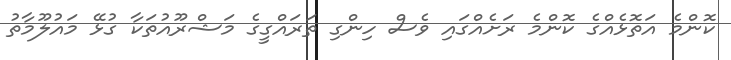
ކޮންމެ އަތޮޅެއްގެ ކޮންމެ ރަށެއްގައި ވެސް ހިންގި ތަރައްގީގެ މަޝްރޫއުތަކާ ގުޅޭ މައުލޫމާތު